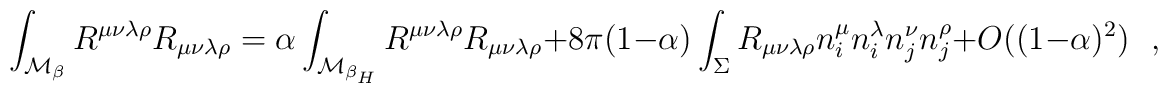
\int_{{\cal M}_{\beta}}R^{\mu\nu\lambda\rho}R_{\mu\nu\lambda\rho}=\alpha\int_{{\cal M}_{\beta _H}}R^{\mu\nu\lambda\rho}R_{\mu\nu\lambda\rho}+8\pi(1-\alpha)\int_{\Sigma}R_{\mu\nu\lambda\rho}n^{\mu}_in^{\lambda}_in^{\nu}_j n^{\rho}_j+O((1-\alpha)^2)~~~,